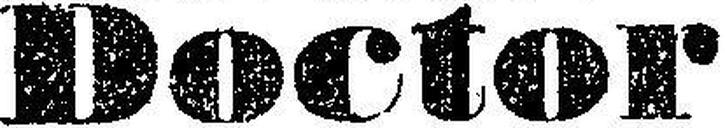
Doctor